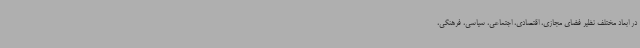
در ابعاد مختلف نظیر فضای مجازی، اقتصادی، اجتماعی، سیاسی، فرهنگی،